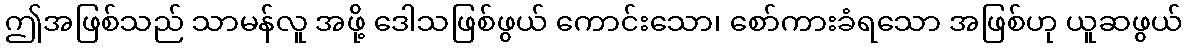
ဤအဖြစ်သည် သာမန်လူ အဖို့ ဒေါသဖြစ်ဖွယ် ကောင်းသော၊ စော်ကားခံရသော အဖြစ်ဟု ယူဆဖွယ်